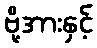
ဗို့အားနှင့်